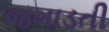
જગાડતી